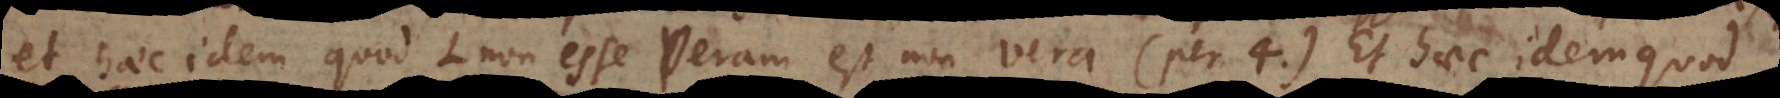
et haec idem quod L non esse veram est non vera (per 4). Et haec idem quo